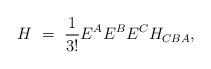
LaTeX: \begin{align*}H \ = \ \frac{1}{3!} E^A E^B E^C H_{CBA},\end{align*}